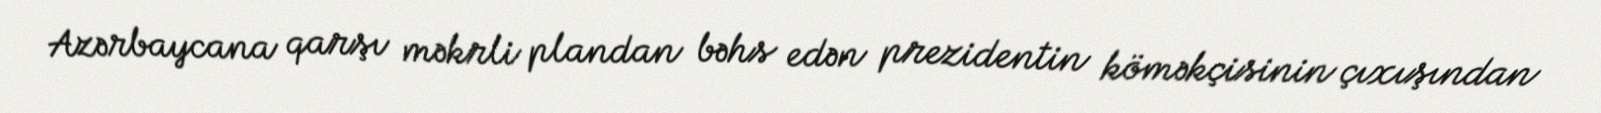
Azərbaycana qarşı məkrli plandan bəhs edən prezidentin köməkçisinin çıxışından